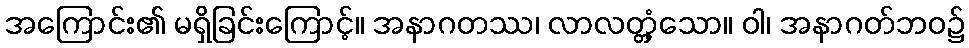
အကြောင်း၏ မရှိခြင်းကြောင့်။ အနာဂတဿ၊ လာလတ္တံ့သော။ ဝါ၊ အနာဂတ်ဘဝ၌